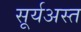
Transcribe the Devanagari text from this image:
सूर्यअस्त